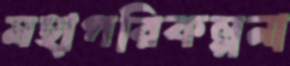
মহাপরিকল্পনা